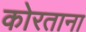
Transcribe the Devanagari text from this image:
कोरताना